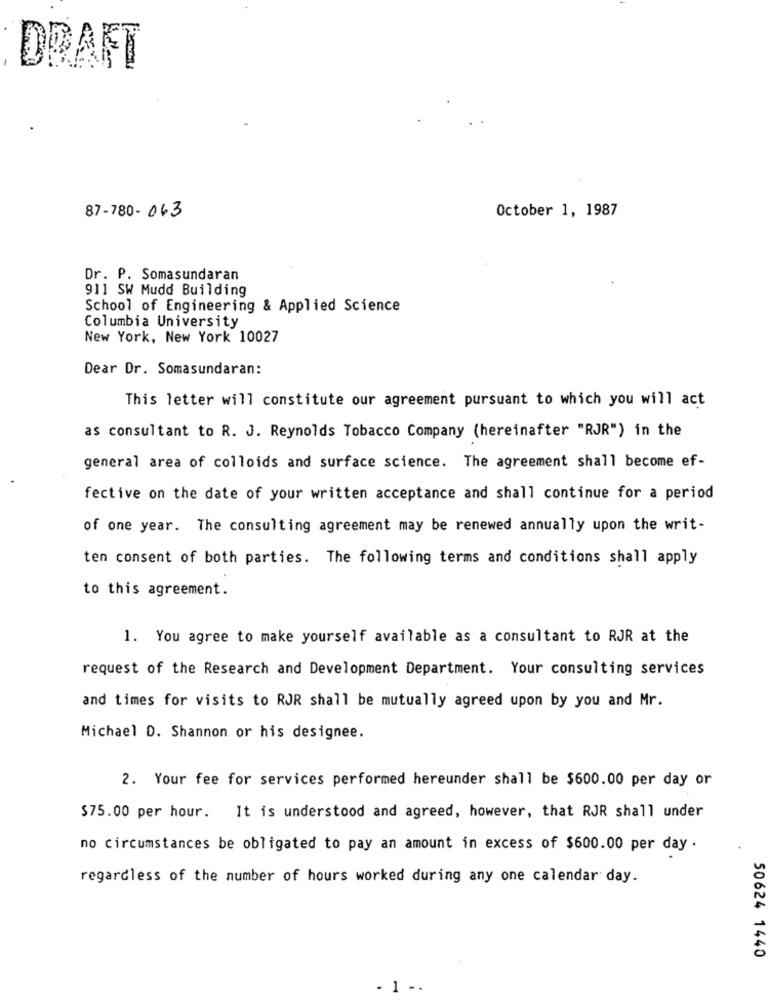
DRAFT
October 1, 1987
87-780-063
Dr. P. Somasundaran
911 SW Mudd Building
School of Engineering & Applied Science
Columbia University
New York, New York 10027
Dear Dr. Somasundaran:
This letter will constitute our agreement pursuant to which you will act
as consultant to R. J. Reynolds Tobacco Company (hereinafter "RJR") in the
general area of colloids and surface science. The agreement shall become ef-
fective on the date of your written acceptance and shall continue for a period
of one year. The consulting agreement may be renewed annually upon the writ-
ten consent of both parties. The following terms and conditions shall apply
to this agreement.
1. You agree to make yourself available as a consultant to RJR at the
request of the Research and Development Department. Your consulting services
and times for visits to RJR shall be mutually agreed upon by you and Mr.
Michael D. Shannon or his designee.
2. Your fee for services performed hereunder shall be $600.00 per day or
$75.00 per hour. It is understood and agreed, however, that RJR shall under
no circumstances be obligated to pay an amount in excess of $600.00 per day .
regardless of the number of hours worked during any one calendar day.
50624 1440
- 1 -.